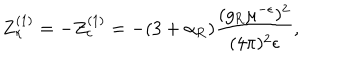
Z _ { \kappa } ^ { ( 1 ) } = - Z _ { c } ^ { ( 1 ) } = - ( 3 + \alpha _ { \mathrm { R } } ) \frac { ( g _ { \mathrm { R } } \mu ^ { - \epsilon } ) ^ { 2 } } { ( 4 \pi ) ^ { 2 } \epsilon } ,